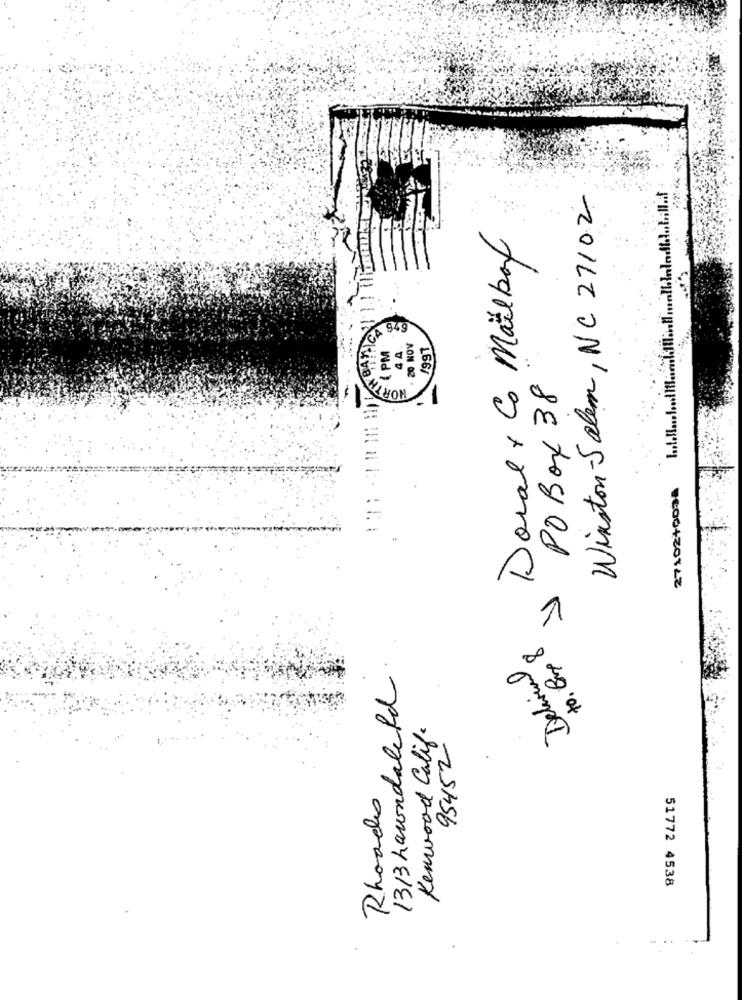
Winston-Salem, NC 21102
Doral + Co Mailbox
-
949
4 A.
20 NOV
1991
{ PM
Y POBox 38
NORTH
27102+0034
to. Bus 8
Delivial
1313 Lawndale Rd
Kenwood Calif.
95452
Rhoads
51772 4538